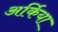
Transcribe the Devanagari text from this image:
अर्किया